Annual administration and progress report of the Indian Medical Department, Bombay
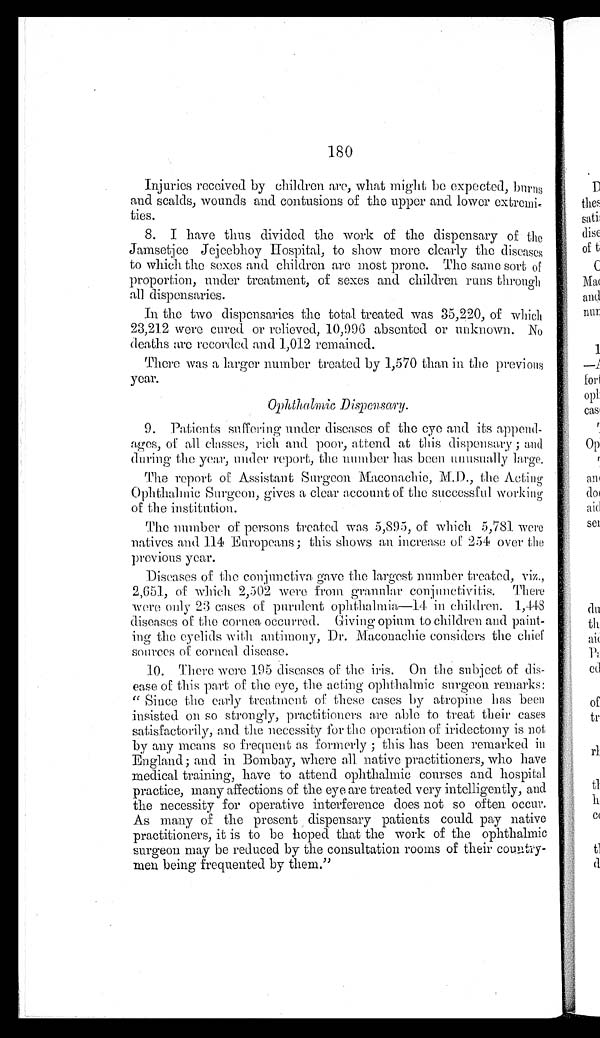
180
Injuries received by children are, what might be expected, burns
and scalds, wounds and contusions of the upper and lower extre
m i - t i e s .
8. I have thus divided the work of the dispensary of the
Jamsetjee Jejeebhoy Hospital, to show more clearly the diseases
to which the sexes and children are most prone. The same sort of
proportion, under treatment, of sexes and children runs through
all dispensaries.
In the two dispensaries the total treated was 35,220, of which
23,212 were cured or relieved, 10,996 absented or unknown. No
deaths are recorded and 1,012 remained.
There was a larger number treated by 1,570 than in the previous
year.
Ophthalmic Dispensary.
9. Patients suffering under diseases of the eye and its append
- a g e s , o f a l l c l a s s e s , r i c h a n d p o o r , a t t e n d a t t h i s d i s p e n s a r y ; a n d
during the year, under report, the number has been unusually large.
The report of Assistant Surgeon Maconachie, M.D., the Acting
Ophthalmic Surgeon, gives a clear account of the successful working
of the institution.
The number of persons treated was 5,895, of which 5,781 were
natives and 114 Europeans ; this shows an increase of 254 over the
previous year.
Diseases of the conjunctiva gave the largest number treated, viz.,
2,651, of which 2,502 were from granular conjunctivitis. There
were Only 23 cases of purulent ophthalmia—14 children. 1,448
diseases of the cornea occurred. Giving opium to children and paint
-i ng t he eyel i ds wi t h ant i mony, Dr. Maconachi e consi ders t he chi ef
sources of corneal disease.
There were 195 diseases of the iris. On the subject of dis-
ease of this part of the eye, the acting ophthalmic surgeon remarks:
" S i n c e t h e e a r l y t r e a t m e n t o f t h e s e c a s e s b y a t r o p i n e h a s b e e n
insisted on so strongly, practitioners are able to treat their cases
satisfactorily, and the necessity for the operation of iridectomy is not
by any means so frequent as formerly ; this has been remarked in
England ; and in Bombay, where all native practitioners, who have
medical training, have to attend ophthalmic courses and hospital
practice, many affections of the eye are treated very intelligently, and
the necessity for operative interference does not so often occur.
As many of the present dispensary patients could pay native
practitioners, it is to be hoped that the work of the ophthalmic
surgeon may be reduced by the consultation rooms of their
c o u n t r y - m e n
b e i n g f r e q u e n t e d b y t h e m . "